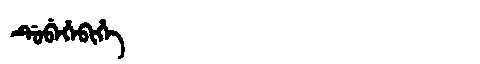
Manchu: ᡩᡠᠪᡝᡥᡝᠪᡳᡥᡝ
Romanization: DUBEHEBIHE